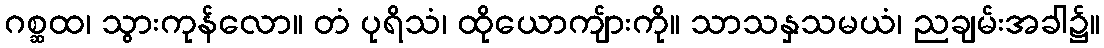
ဂစ္ဆထ၊ သွားကုန်လော။ တံ ပုရိသံ၊ ထိုယောကျ်ားကို။ သာသနှသမယံ၊ ညချမ်းအခါ၌။